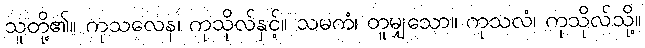
သူတို့၏။ ကုသလေန၊ ကုသိုလ်နှင့်။ သမကံ၊ တူမျှသော။ ကုသလံ၊ ကုသိုလ်သို့။